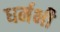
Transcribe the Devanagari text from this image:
धर्मभी